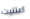
اعتنيت